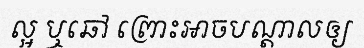
ល្អ ឬឆៅ ព្រោះអាចបណ្តាលឲ្យ